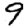
Digit: 9